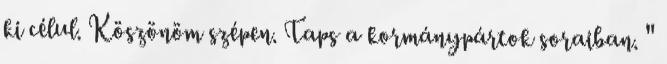
ki célul. Köszönöm szépen. Taps a kormánypártok soraiban. "